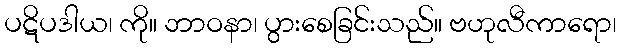
ပဋိပဒါယ၊ ကို။ ဘာဝနာ၊ ပွားစေခြင်းသည်။ ဗဟုလီကာရော၊